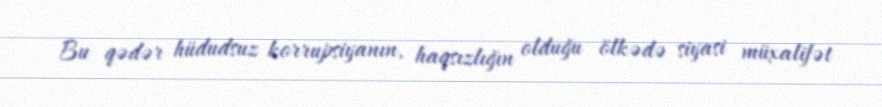
Bu qədər hüdudsuz korrupsiyanın, haqsızlığın olduğu ölkədə siyasi müxalifət